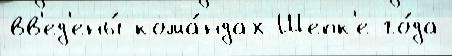
вв'ед'ены́ кома́ндах Шепк'е го́да